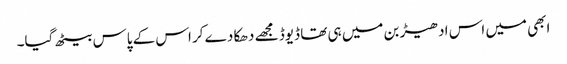
ابھی میں اس ادھیڑ بن میں ہی تھا ڈیوڈ مجھے دھکا دے کر اس کے پاس بیٹھ گیا۔